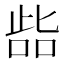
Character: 啙